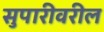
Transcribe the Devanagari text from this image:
सुपारीवरील